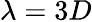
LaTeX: \lambda=3D